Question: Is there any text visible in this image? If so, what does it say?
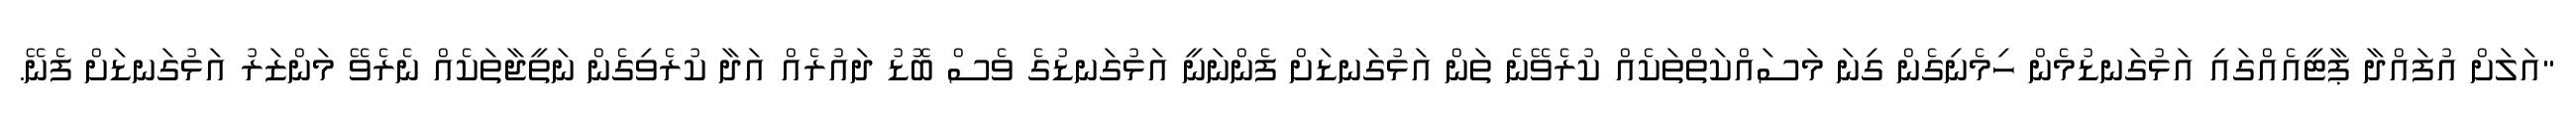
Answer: "އަލަށް އުފައްދާ ޕާޓީއެއްގައި އަޅުގަނޑުމެން ހިމެނިގެން ގިނަ މަސައްކަތްތަކެއް ކުރެވޭނެ ތަން އަޅުގަނޑަށް ފެންނަނީ އަޅުގަނޑުގެ ވެސް ބޮޑު ދައުރެއް އަދާ ކުރެވިގެން ނަތީޖާތަކެއް ނެރެވޭ މަންޒަރު އަޅުގަނޑަށް ފެނޭ.